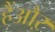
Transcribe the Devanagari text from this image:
हैंऔऱ